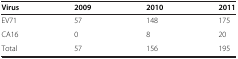
<table><thead><tr><td><b>Virus</b></td><td><b>2009</b></td><td><b>2010</b></td><td><b>2011</b></td></tr></thead><tbody><tr><td>EV71</td><td>57</td><td>148</td><td>175</td></tr><tr><td>CA16</td><td>0</td><td>8</td><td>20</td></tr><tr><td>Total</td><td>57</td><td>156</td><td>195</td></tr></tbody></table>